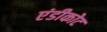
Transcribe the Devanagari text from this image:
एंडीकोट